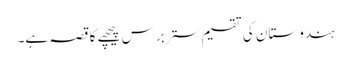
ہندوستان کی تقسیم ستر برس پیچھے کا قصہ ہے۔